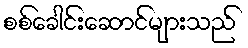
စစ်ခေါင်းဆောင်များသည်